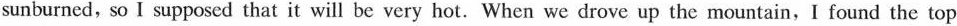
sunburned, so I supposed that it will be very hot. When we drove up the mountain,I found the top